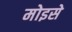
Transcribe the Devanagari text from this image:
मोइसे